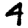
Digit: 4